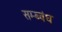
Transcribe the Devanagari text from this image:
सम्ब्वंध